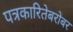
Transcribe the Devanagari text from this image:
पत्रकारितेबरोबर